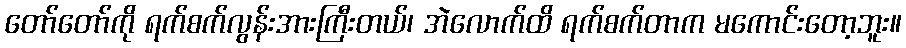
တော်တော်ကို ရက်စက်လွန်းအားကြီးတယ်၊ အဲလောက်ထိ ရက်စက်တာက မကောင်းတော့ဘူး။